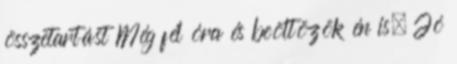
összetartást Még fél óra és beöltözök én is. Jó